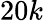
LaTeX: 20k